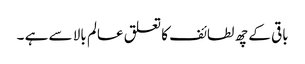
باقی کے چھ لطائف کا تعلق عالم بالا سے ہے ۔